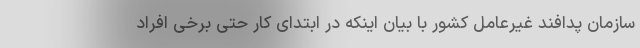
سازمان پدافند غیرعامل کشور با بیان اینکه در ابتدای کار حتی برخی افراد